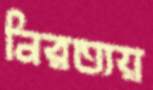
নিরত্যয়